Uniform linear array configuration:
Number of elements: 4
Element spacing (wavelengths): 1
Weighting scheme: uniform
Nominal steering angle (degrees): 30
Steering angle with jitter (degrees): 28.952
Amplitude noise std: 0.05
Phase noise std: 0.05

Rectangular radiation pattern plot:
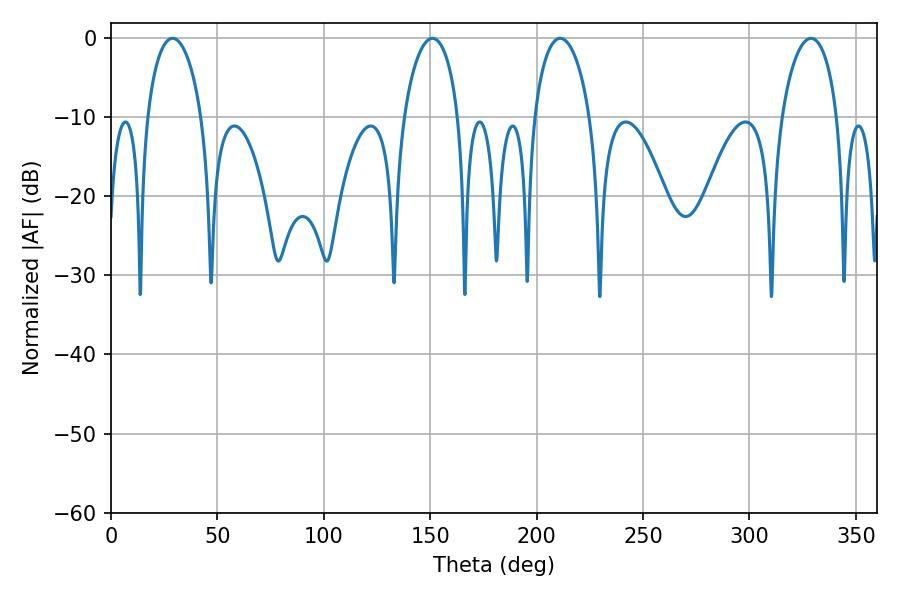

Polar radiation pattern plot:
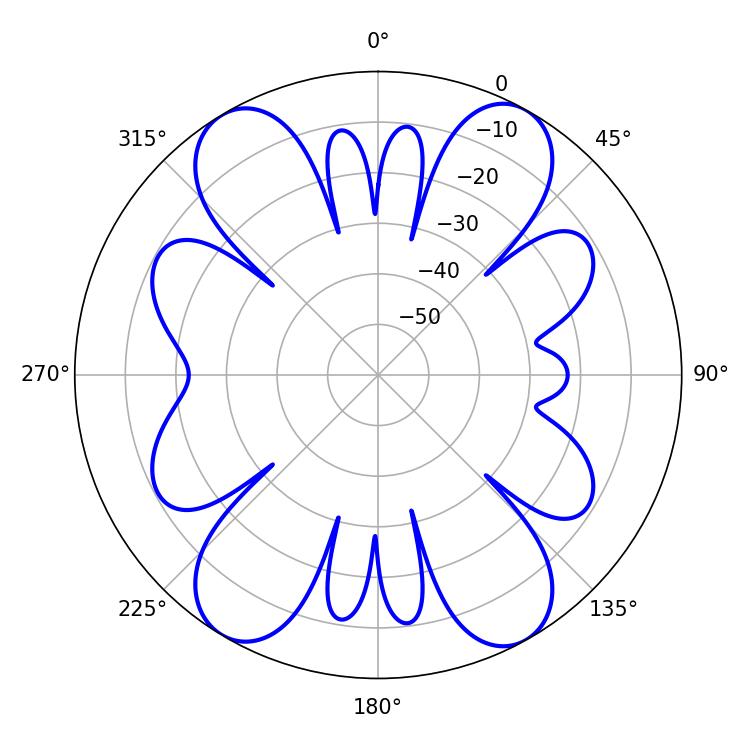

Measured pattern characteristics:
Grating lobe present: TRUE
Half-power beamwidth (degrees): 14.76
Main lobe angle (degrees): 28.98